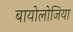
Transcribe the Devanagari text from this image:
बायोलोजिया